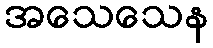
အသေသေန